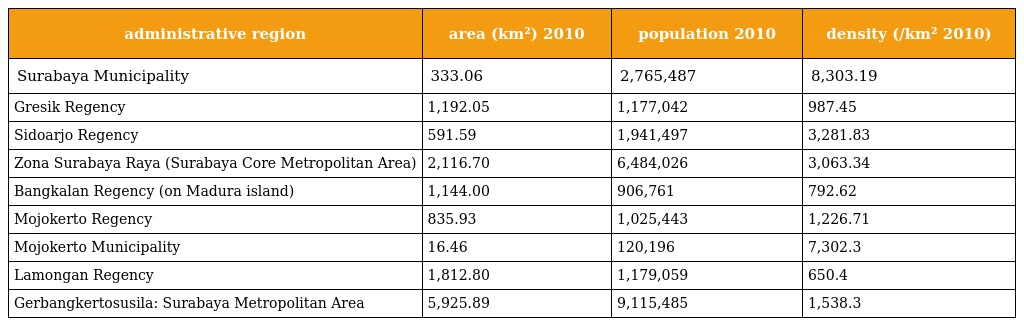
| administrative region | area (km²) 2010 | population 2010 | density (/km² 2010) |
 | --- | --- | --- | --- |
 | Surabaya Municipality | 333.06 | 2,765,487 | 8,303.19 |
 | Gresik Regency | 1,192.05 | 1,177,042 | 987.45 |
 | Sidoarjo Regency | 591.59 | 1,941,497 | 3,281.83 |
 | Zona Surabaya Raya (Surabaya Core Metropolitan Area) | 2,116.70 | 6,484,026 | 3,063.34 |
 | Bangkalan Regency (on Madura island) | 1,144.00 | 906,761 | 792.62 |
 | Mojokerto Regency | 835.93 | 1,025,443 | 1,226.71 |
 | Mojokerto Municipality | 16.46 | 120,196 | 7,302.3 |
 | Lamongan Regency | 1,812.80 | 1,179,059 | 650.4 |
 | Gerbangkertosusila: Surabaya Metropolitan Area | 5,925.89 | 9,115,485 | 1,538.3 |